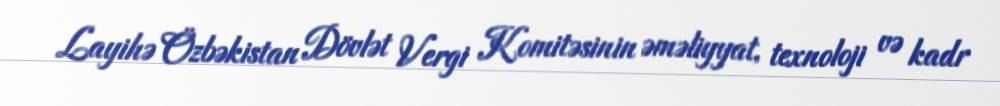
Layihə Özbəkistan Dövlət Vergi Komitəsinin əməliyyat, texnoloji və kadr